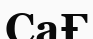
СаҒ